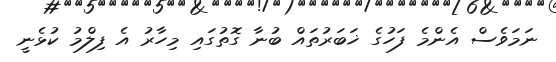
ނަމަވެސް އެންމެ ފަހުގެ ޚަބަރުތައް ބުނާ ގޮތުގައި މިހާރު އެ ފިލްމު ކުޅެނީ